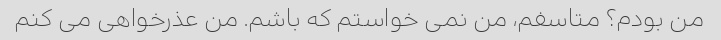
من بودم؟ متاسفم، من نمی خواستم که باشم. من عذرخواهی می کنم